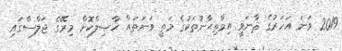
2019 ވަނަ އަހަރުގެ ޘާނަވީ އިމްތިޙާނުތަކުގެ މަތީ ވަނަތައް ޙާޞިލްކޮށް މިރޭގެ ޖަލްސާގައި